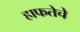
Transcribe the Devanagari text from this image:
हाफतेचे